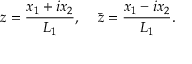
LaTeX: z = \frac { x _ { 1 } + i x _ { 2 } } { L _ { 1 } } , \; \; \; \; \bar { z } = \frac { x _ { 1 } - i x _ { 2 } } { L _ { 1 } } .